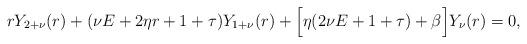
LaTeX: \begin{align*}rY_{2+\nu}(r)+(\nu{E}+2\eta{r}+1+\tau)Y_{1+\nu}(r)+\Big[\eta(2\nu{E}+1+\tau)+\beta\Big]Y_{\nu}(r)=0, \end{align*}